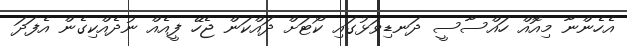
އެހެންނާ މިއޮއް ހައްސާސީ ދަނޑިވަޅުގައި ކޯޓަށް ދައްކަން ޖެހޭ ފީއެއް ނުދެއްކިގެން އެފަދަ